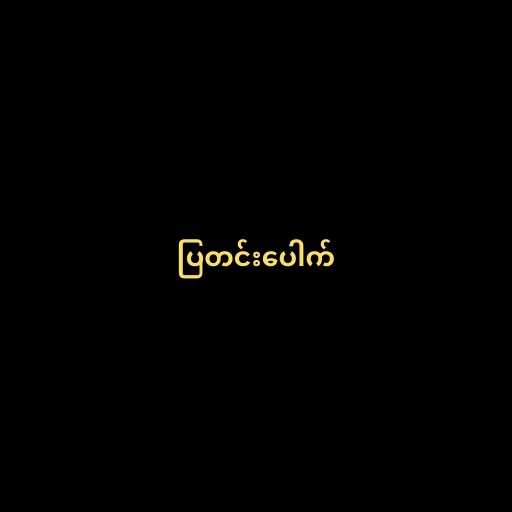
ပြတင်းပေါက်